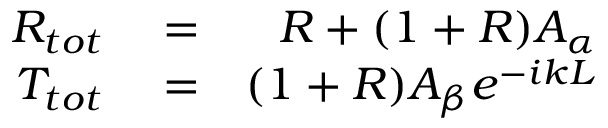
\begin{array} { r l r } { { \cal R } _ { t o t } } & { { } = } & { { \cal R } + ( 1 + { \cal R } ) A _ { \alpha } } \\ { { \cal T } _ { t o t } } & { { } = } & { ( 1 + { \cal R } ) A _ { \beta } e ^ { - i k L } } \end{array}